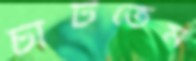
চাটতেম